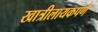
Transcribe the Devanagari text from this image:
खात्रीलायकपणे